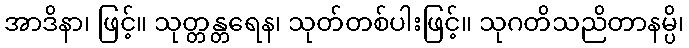
အာဒိနာ၊ ဖြင့်။ သုတ္တန္တရေန၊ သုတ်တစ်ပါးဖြင့်။ သုဂတိသညိတာနမ္ပိ၊